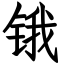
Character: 锇